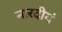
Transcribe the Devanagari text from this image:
नारदीयं